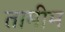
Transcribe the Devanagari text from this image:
तामीम